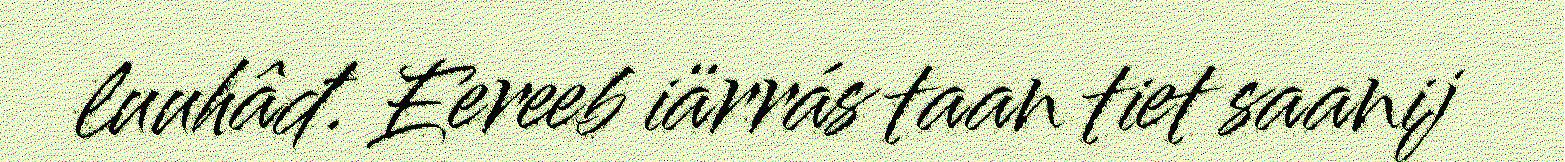
luuhâđ. Eereeb iärrás taan tiet saanij